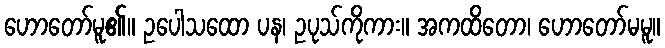
ဟောတော်မူ၏။ ဥပေါသထော ပန၊ ဥပုသ်ကိုကား။ အကထိတော၊ ဟောတော်မမူ။